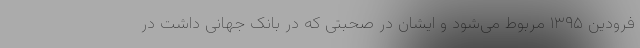
فرودین ۱۳۹۵ مربوط می‌شود و ایشان در صحبتی که در بانک جهانی داشت در